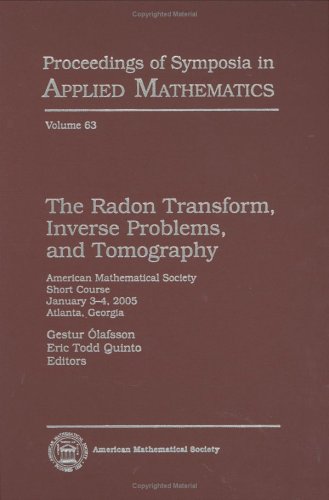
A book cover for The Radon Transform, Inverse Problems, and Tomography (Proceedings of Symposia in Applied Mathematics); Gestur Olafsson and Eric Todd Quinto (Editor); Science & Math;